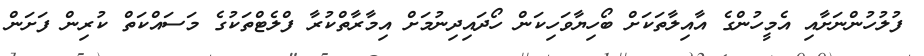
ފުލުހުންނަށާއި އެމީހުންގެ އާއިލާތަކަށް ބޯހިޔާވަހިކަން ހޯދައިދިނުމަށް އިމާރާތްކުރާ ފްލެޓްތަކުގެ މަސައްކަތް ކުރިން ފަށަން